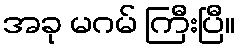
အခု မဂမ် ကြီးပြီ။